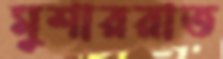
মুশাররাত